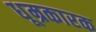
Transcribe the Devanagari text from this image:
धूम्रकारक